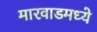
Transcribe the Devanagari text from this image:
मारवाडमध्ये